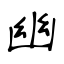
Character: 幽